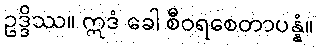
ဥဒ္ဒိဿ။ ဣဒံ ခေါ စီဝရစေတာပန္နံ။